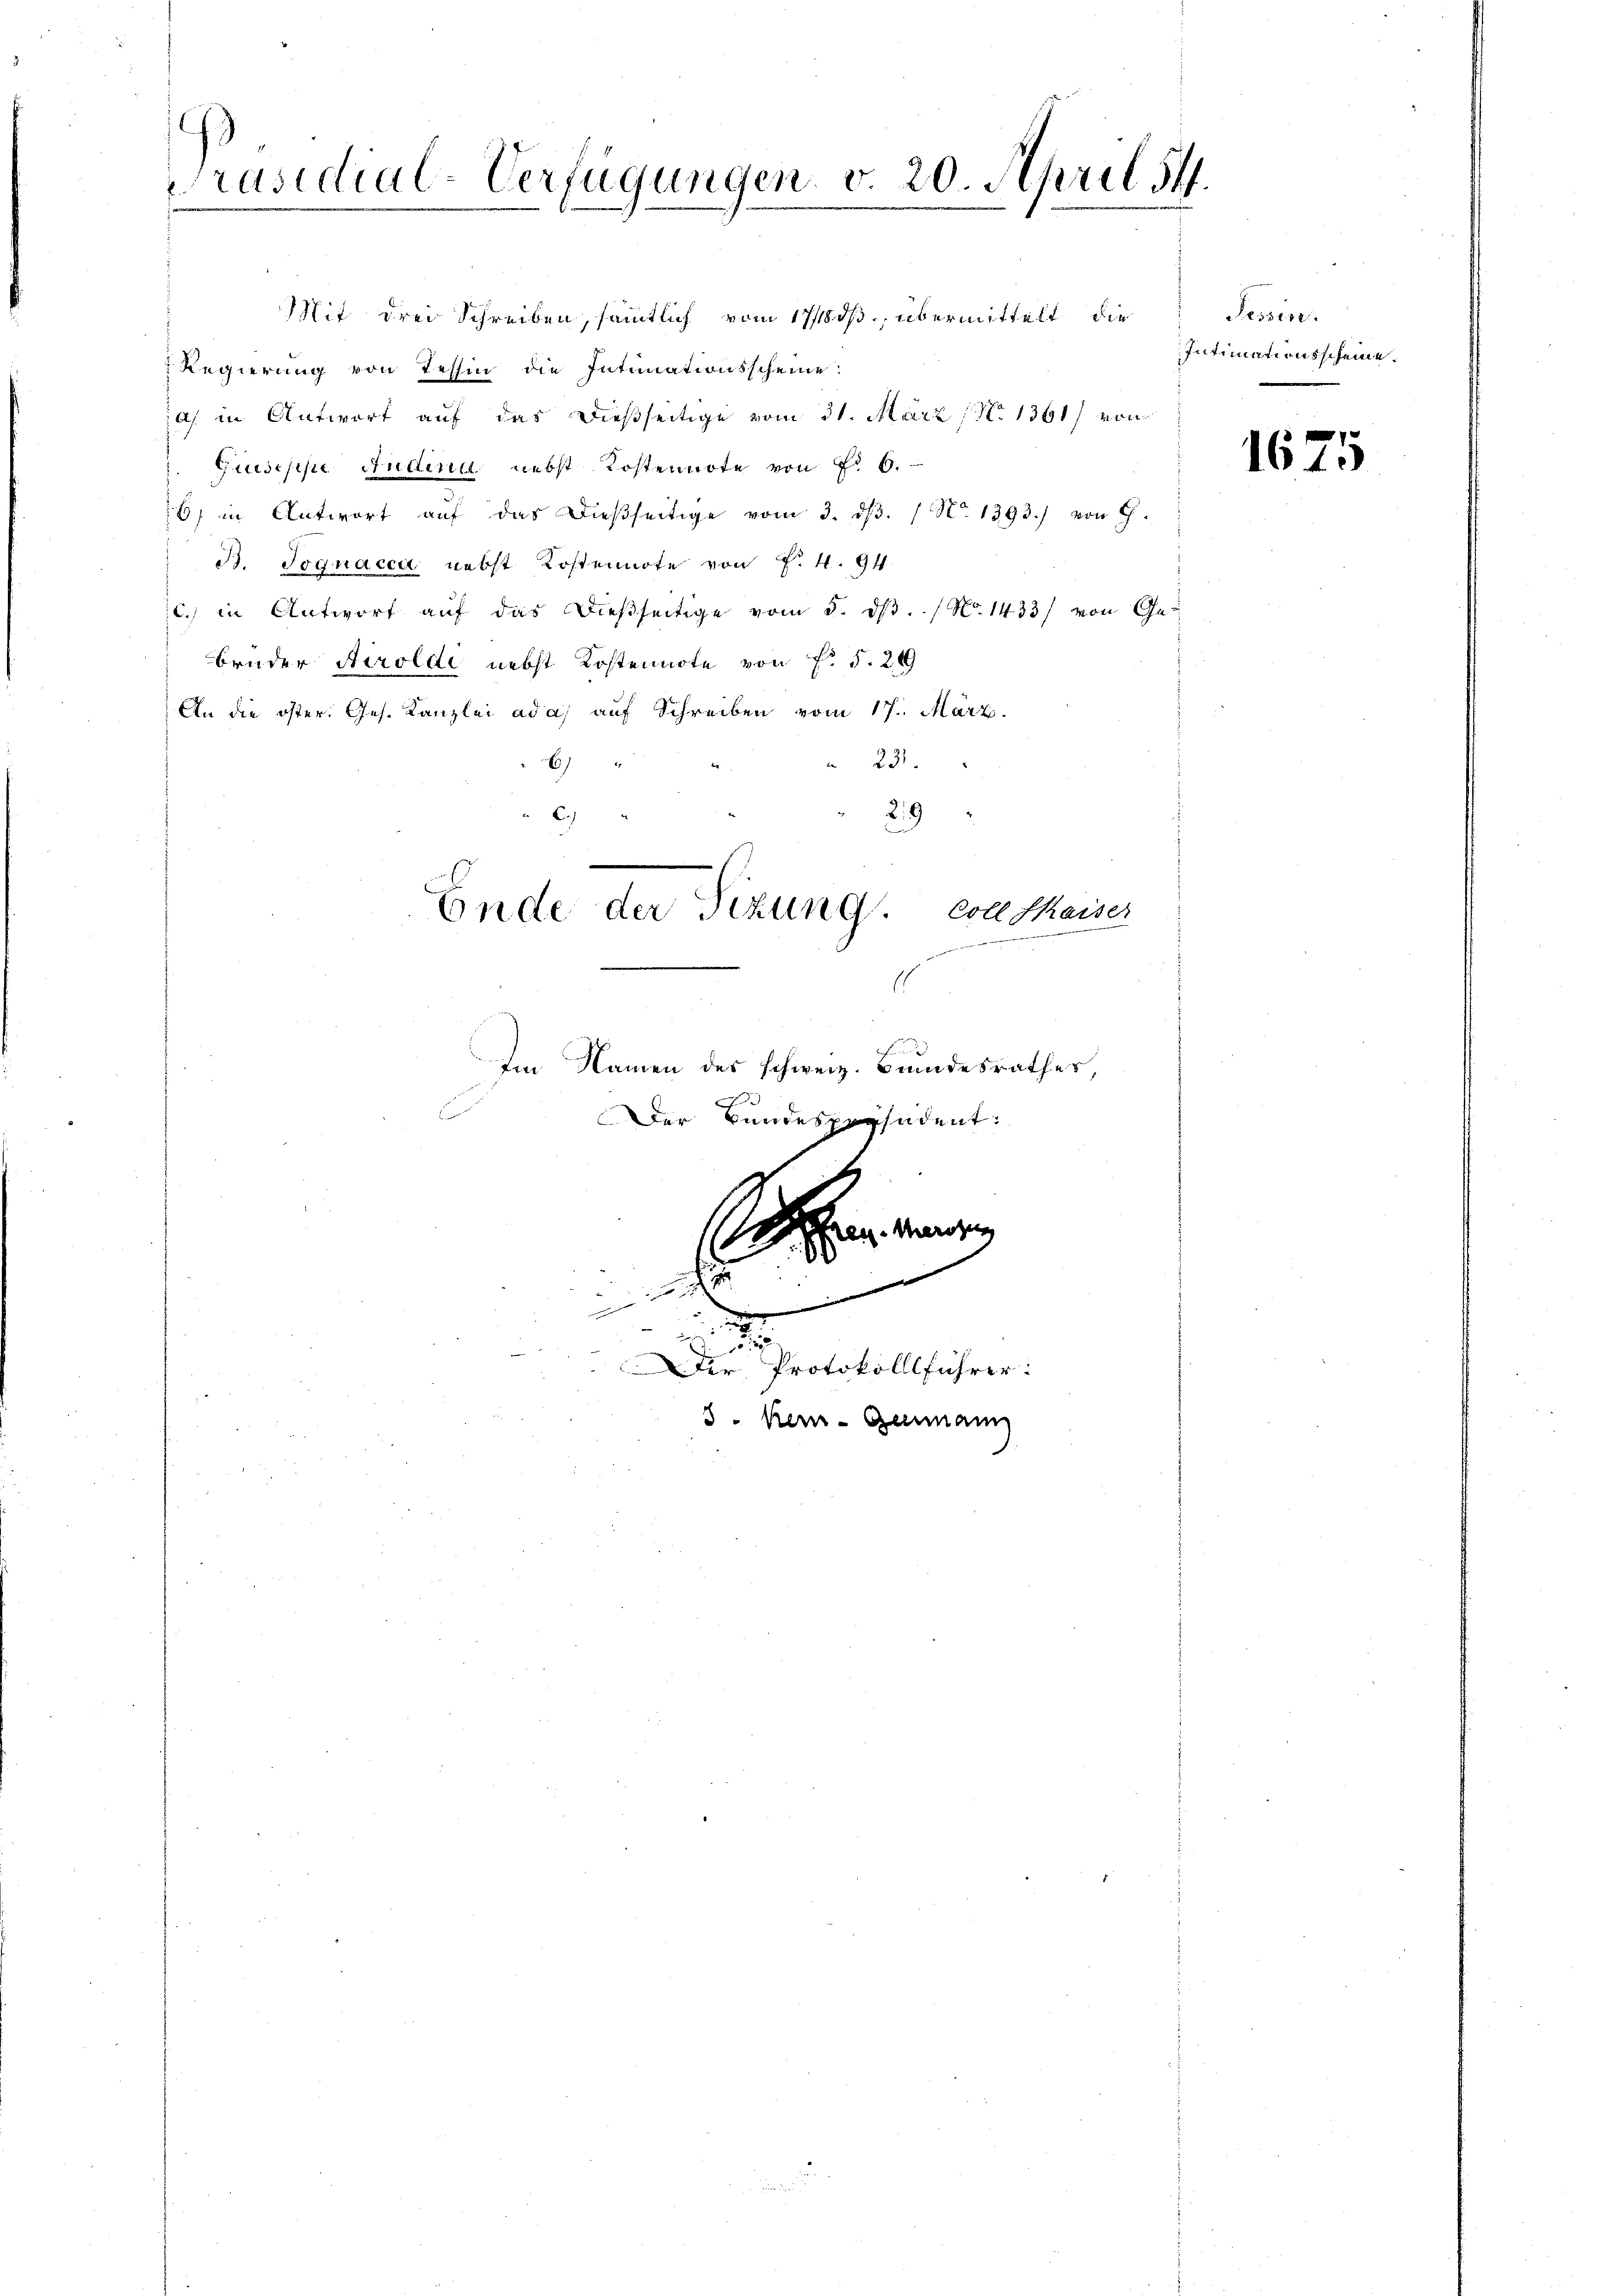
Präsidial-Verfügungen v. 20. April 14.

Mit drei Schreiben, sämtlich vom 17/18. ds. übermittelt die
 Regierung von Tessin die Intimationsscheine:
A in Antwort auf das dießseitige vom 31. März (No 1361) von
Giuseppe Audina nebst Kostennote von Fr. 6.
6) in Antwort aŭf das dieβseitige vom 3. dβ. / No. 1393.) von G.
B. Joguacca nebst Kostennote von f. 4. 94
l. in Antwort auf das dießseitige vom 5. dβ. / No 1433/ von Gebrüder Airoldi nebst Kostennote von Fr. 5. 29
An die öster. Ges. Kanzlei ad a) auf Schreiben vom 17. März.
 231.
)
29
C.)

Ende der Sizung con thaiser
n

Der Bundespräsident:

1
f

Im Namen des schweiz. Bundesrathes

02
u

2
Der Protokollführer:
8. Kein - Germann

e

leg herzug

Tessin.
Intimationsscheine.

1675